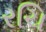
રચિ